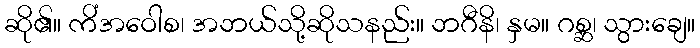
ဆို၏။ ကိံအဝေါစ၊ အဘယ်သို့ဆိုသနည်း။ ဘဂီနိ၊ နှမ။ ဂစ္ဆ၊ သွားချေ။